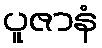
ပူဇာနံ